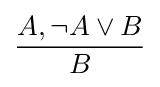
{\frac {A,\neg A\lor B}{B}}